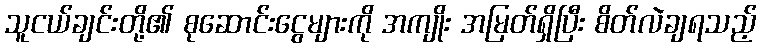
သူငယ်ချင်းတို့၏ စုဆောင်းငွေများကို အကျိုး အမြတ်ရှိပြီး စိတ်လဲချရသည့်